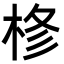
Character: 𭪊